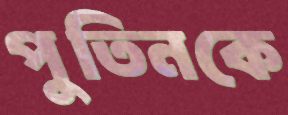
পুতিনকে